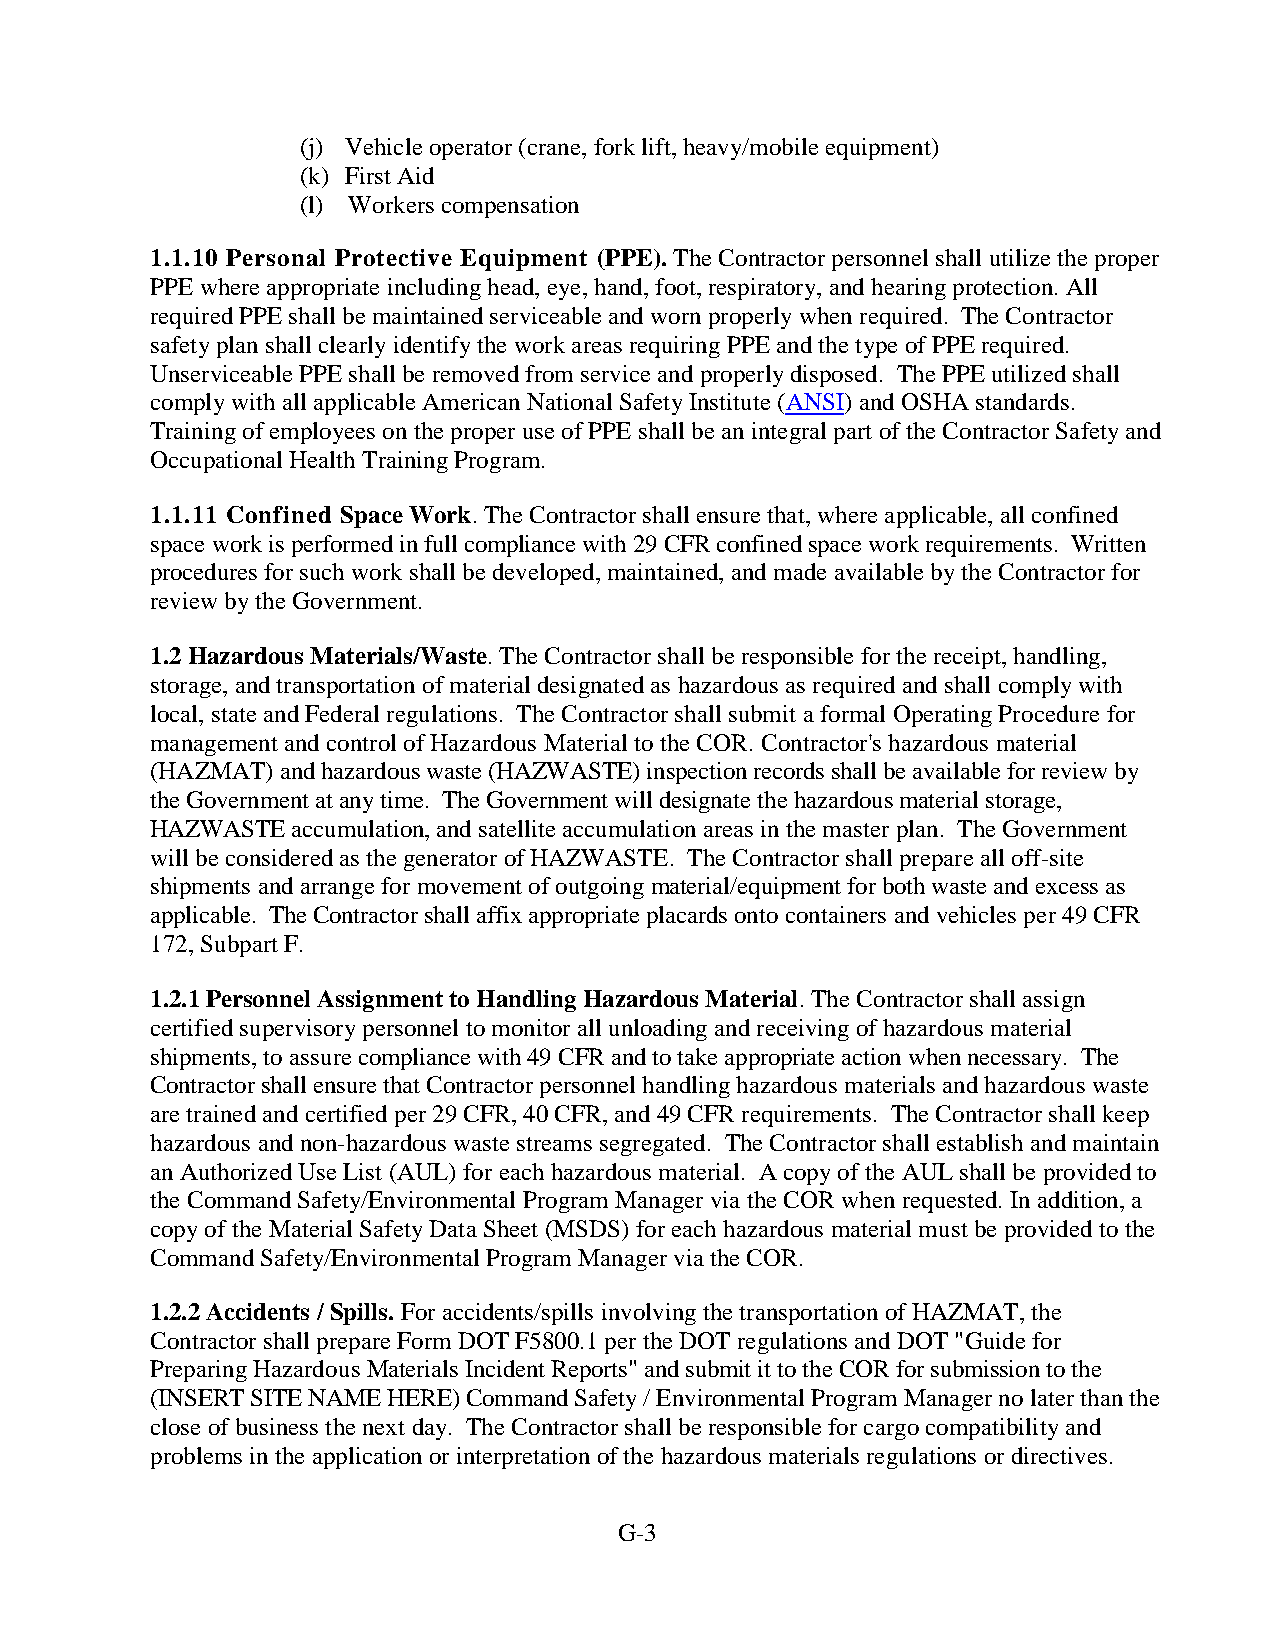
(j) Vehicle operator (crane, fork lift, heavy/mobile equipment)
 (k) First Aid
 (l) Workers compensation
 1.1.10 Personal Protective Equipment (PPE). The Contractor personnel shall utilize the proper
 PPE where appropriate including head, eye, hand, foot, respiratory, and hearing protection. All
 required PPE shall be maintained serviceable and worn properly when required. The Contractor
 safety plan shall clearly identify the work areas requiring PPE and the type of PPE required.
 Unserviceable PPE shall be removed from service and properly disposed. The PPE utilized shall
 comply with all applicable American National Safety Institute (ANSI) and OSHA standards.
 Training of employees on the proper use of PPE shall be an integral part of the Contractor Safety and
 Occupational Health Training Program.
 1.1.11 Confined Space Work. The Contractor shall ensure that, where applicable, all confined
 space work is performed in full compliance with 29 CFR confined space work requirements. Written
 procedures for such work shall be developed, maintained, and made available by the Contractor for
 review by the Government.
 1.2 Hazardous Materials/Waste. The Contractor shall be responsible for the receipt, handling,
 storage, and transportation of material designated as hazardous as required and shall comply with
 local, state and Federal regulations. The Contractor shall submit a formal Operating Procedure for
 management and control of Hazardous Material to the COR. Contractor's hazardous material
 (HAZMAT) and hazardous waste (HAZWASTE) inspection records shall be available for review by
 the Government at any time. The Government will designate the hazardous material storage,
 HAZWASTE accumulation, and satellite accumulation areas in the master plan. The Government
 will be considered as the generator of HAZWASTE. The Contractor shall prepare all off-site
 shipments and arrange for movement of outgoing material/equipment for both waste and excess as
 applicable. The Contractor shall affix appropriate placards onto containers and vehicles per 49 CFR
 172, Subpart F.
 1.2.1 Personnel Assignment to Handling Hazardous Material. The Contractor shall assign
 certified supervisory personnel to monitor all unloading and receiving of hazardous material
 shipments, to assure compliance with 49 CFR and to take appropriate action when necessary. The
 Contractor shall ensure that Contractor personnel handling hazardous materials and hazardous waste
 are trained and certified per 29 CFR, 40 CFR, and 49 CFR requirements. The Contractor shall keep
 hazardous and non-hazardous waste streams segregated. The Contractor shall establish and maintain
 an Authorized Use List (AUL) for each hazardous material. A copy of the AUL shall be provided to
 the Command Safety/Environmental Program Manager via the COR when requested. In addition, a
 copy of the Material Safety Data Sheet (MSDS) for each hazardous material must be provided to the
 Command Safety/Environmental Program Manager via the COR.
 1.2.2 Accidents / Spills. For accidents/spills involving the transportation of HAZMAT, the
 Contractor shall prepare Form DOT F5800.1 per the DOT regulations and DOT "Guide for
 Preparing Hazardous Materials Incident Reports" and submit it to the COR for submission to the
 (INSERT SITE NAME HERE) Command Safety / Environmental Program Manager no later than the
 close of business the next day. The Contractor shall be responsible for cargo compatibility and
 problems in the application or interpretation of the hazardous materials regulations or directives.
 G-3